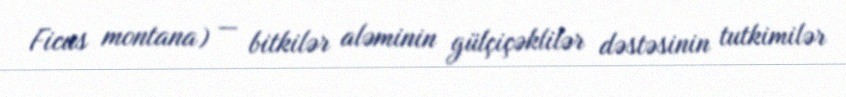
Ficus montana) — bitkilər aləminin gülçiçəklilər dəstəsinin tutkimilər